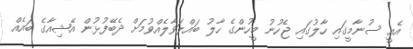
އެއީ ސުނާމީގައި ހާލުގައި ޖެހުނު މީހުންގެ ހާލު ބައްލަވާލެއްވުމަށް ދެބޭފުޅުން އޭޝިއާގެ ބައެއް